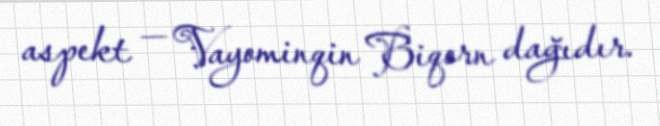
aspekt — Vayominqin Biqorn dağıdır.